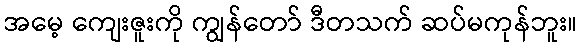
အမေ့ ကျေးဇူးကို ကျွန်တော် ဒီတသက် ဆပ်မကုန်ဘူး။